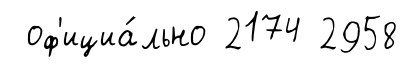
оф'ициа́льно 2174 2958